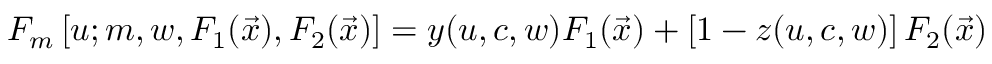
F _ { m } \left[ u ; m , w , F _ { 1 } ( \vec { x } ) , F _ { 2 } ( \vec { x } ) \right] = y ( u , c , w ) F _ { 1 } ( \vec { x } ) + \left[ 1 - z ( u , c , w ) \right] F _ { 2 } ( \vec { x } )